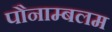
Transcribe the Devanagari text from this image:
पौनाम्बलम